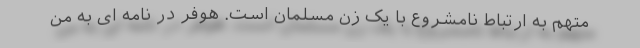
متهم به ارتباط نامشروع با یک زن مسلمان است. هوفر در نامه ای به من